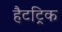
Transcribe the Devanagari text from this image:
हैटट्रिक